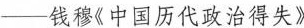
----钱穆《中国历代政治得失》